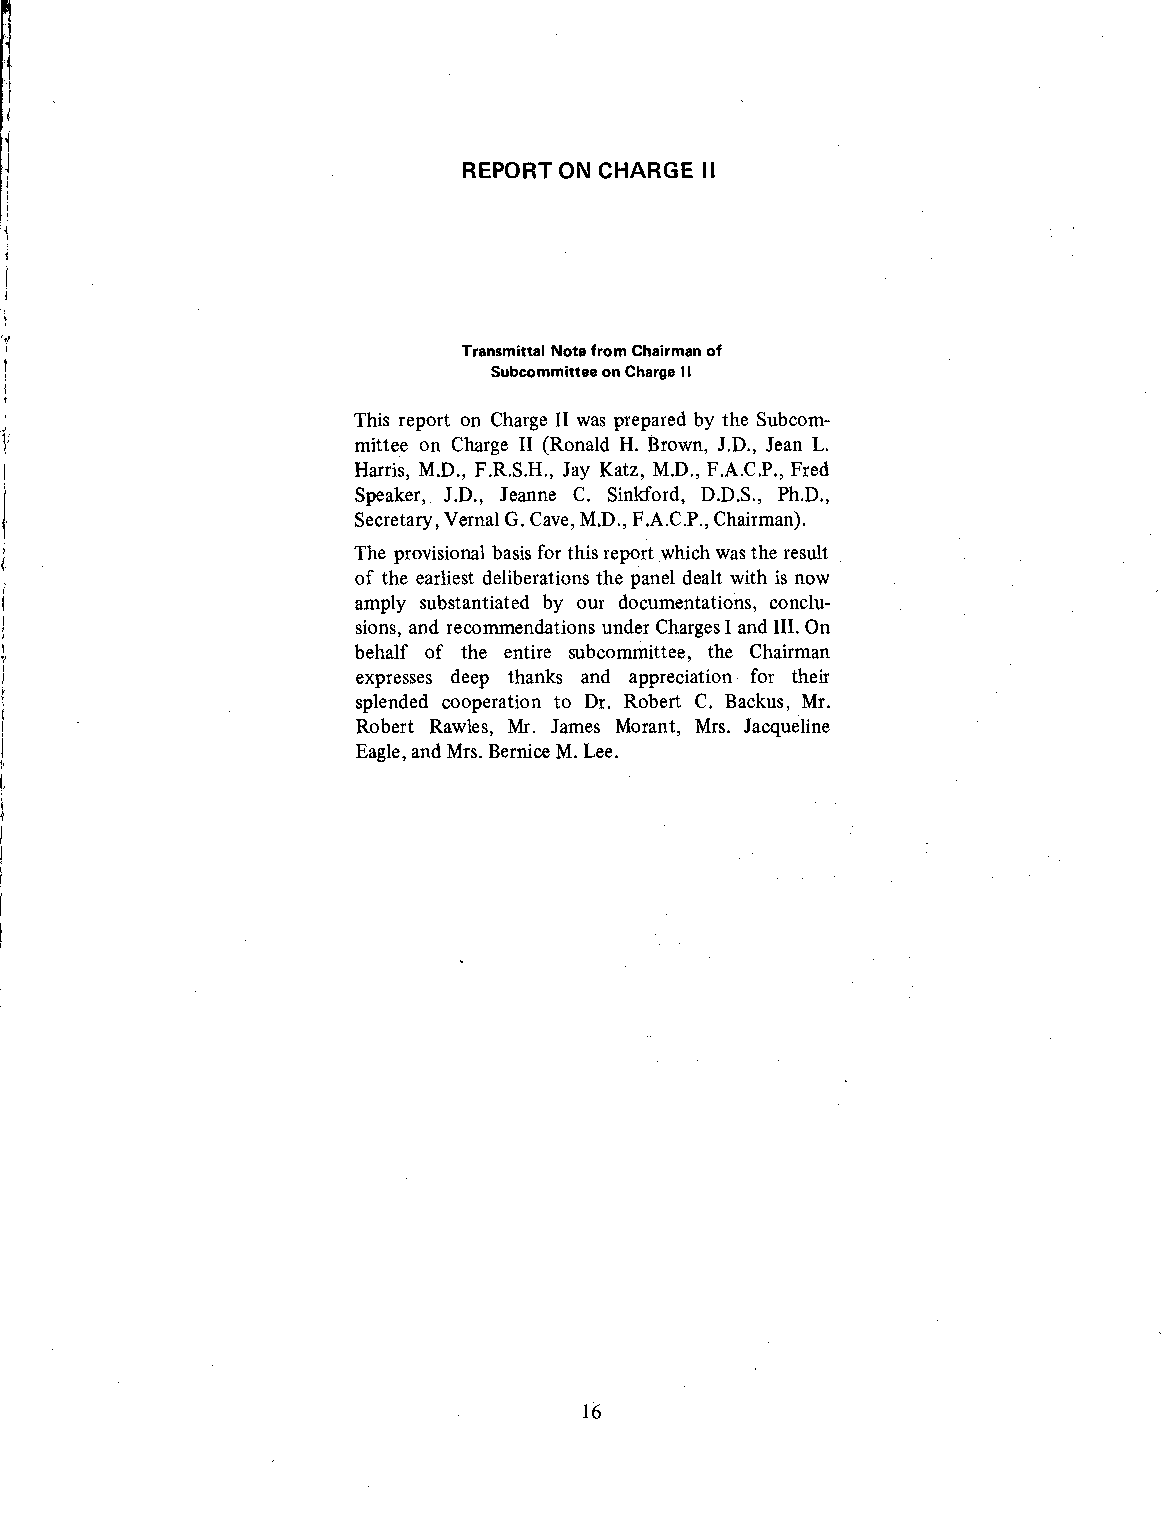
d
 REPORT ON CHARGE II
 Transmittal Note from Chairman of
 Subcommittee on Charge I I
 This report on Charge II was prepared by the Subcom-
 mittee on Charge II (Ronald H. Brown, J.D., Jean L.
 Harris, M.D., F.R.S.H., Jay Katz, M.D., F.A.C.P., Fred
 Speaker, J.D., Jeanne C. Sinkford, D.D.S., Ph.D.,
 Secretary, Vernal G. Cave, M.D., F.A.C.P., Chairman).
 The provisional basis for this report which was the result
 of the earliest deliberations the panel dealt with is now
 amply substantiated by our documentations, conclu-
 sions, and recommendations under Charges I and III . On
 behalf of the entire subcommittee, the Chairman
 expresses deep thanks and appreciation for their
 splended cooperation to Dr. Robert C. Backus, Mr.
 Robert Rawles, Mr. James Morant, Mrs. Jacqueline
 Eagle, and Mrs. Bernice M. Lee.
 16